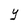
Character: Y